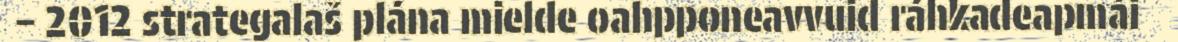
– 2012 strategalaš plána mielde oahpponeavvuid ráhkadeapmái